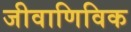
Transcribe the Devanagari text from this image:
जीवाणिविक